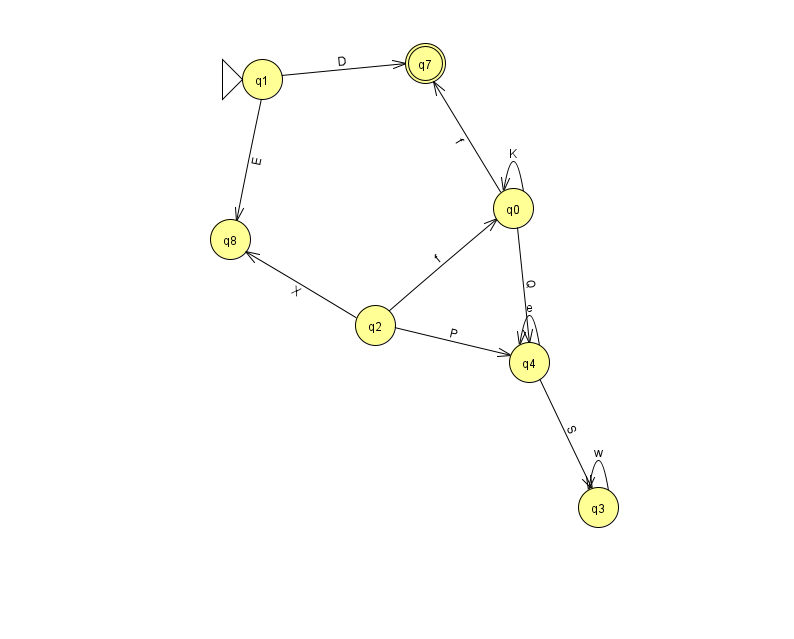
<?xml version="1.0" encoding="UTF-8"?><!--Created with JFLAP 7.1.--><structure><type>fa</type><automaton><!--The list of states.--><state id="0" name="q0"><x>513.0</x><y>195.0</y></state><state id="1" name="q1"><x>262.0</x><y>66.0</y><initial/></state><state id="2" name="q2"><x>375.0</x><y>312.0</y></state><state id="3" name="q3"><x>598.0</x><y>494.0</y></state><state id="4" name="q4"><x>529.0</x><y>349.0</y></state><state id="7" name="q7"><x>425.0</x><y>50.0</y><final/></state><state id="8" name="q8"><x>230.0</x><y>226.0</y></state><!--The list of transitions.--><transition><from>2</from><to>4</to><read>P</read></transition><transition><from>1</from><to>7</to><read>D</read></transition><transition><from>4</from><to>4</to><read>e</read></transition><transition><from>0</from><to>7</to><read>f</read></transition><transition><from>3</from><to>3</to><read>w</read></transition><transition><from>0</from><to>4</to><read>Q</read></transition><transition><from>4</from><to>3</to><read>S</read></transition><transition><from>1</from><to>8</to><read>E</read></transition><transition><from>0</from><to>0</to><read>K</read></transition><transition><from>2</from><to>0</to><read>f</read></transition><transition><from>2</from><to>8</to><read>X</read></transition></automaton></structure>